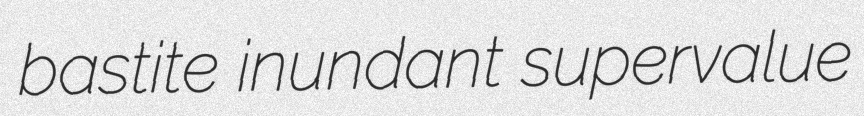
bastite inundant supervalue